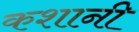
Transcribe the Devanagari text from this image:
कशानी